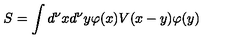
S = \int d ^ { \nu } x d ^ { \nu } y \varphi ( x ) V ( x - y ) \varphi ( y )